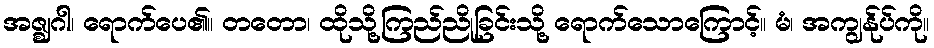
အဇ္ဈဂါ၊ ရောက်ပေ၏။ တတော၊ ထိုသို့ကြည်ညိုခြင်းသို့ ရောက်သောကြောင့်။ မံ၊ အကျွန်ုပ်ကို။